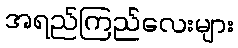
အရည်ကြည်လေးများ